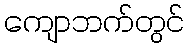
ကျောဘက်တွင်